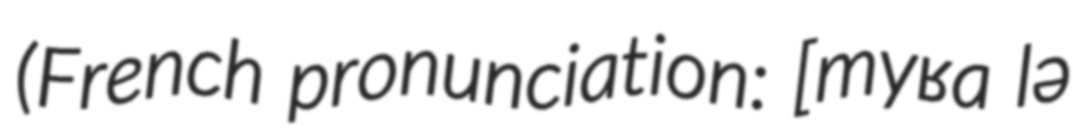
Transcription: (French pronunciation: ​[myʁa lə